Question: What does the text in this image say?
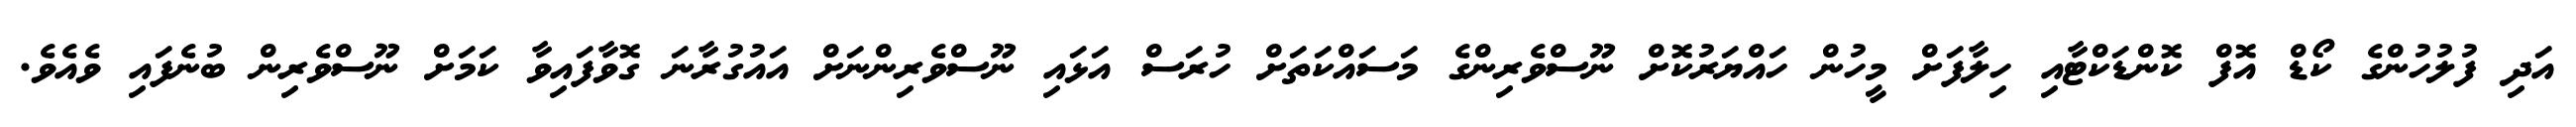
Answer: އަދި ފުލުހުންގެ ކޯޑް އޮފް ކޮންޑަކްޓާއި ހިލާފަށް މީހުން ހައްޔަރުކޮށް ނޫސްވެރިންގެ މަސައްކަތަށް ހުރަސް އަޅައި ނޫސްވެރިންނަށް އައުގުރާނަ ގޮވާފައިވާ ކަމަށް ނޫސްވެރިން ބުނެފައި ވެއެވެ.